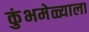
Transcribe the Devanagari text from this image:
कुंभमेळ्याला